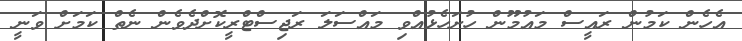
އެހެން ކަމުން ރައީސް މައުމޫން ހުށަހެޅުއްވި މައްސަލަ ރަޖިސްޓްރީކޮށްދެވެން ނެތް ކަމަށް ވަނީ